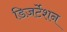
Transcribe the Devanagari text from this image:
डिज़र्टेशन